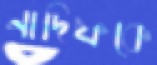
নাদিফকে